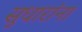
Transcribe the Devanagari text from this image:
सुधारांना